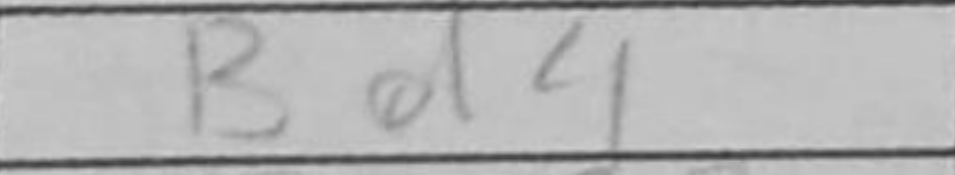
Transcription: Bd4